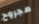
مجروح